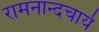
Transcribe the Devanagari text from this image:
रामनान्दचार्य